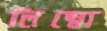
লিম্বো